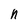
Character: n